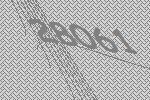
28061